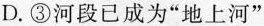
D.③河段已成为”地上河”